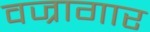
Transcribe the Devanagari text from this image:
वज्रागार